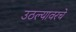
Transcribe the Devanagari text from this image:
उठल्यावरचे